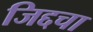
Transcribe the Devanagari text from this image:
जिद्दचा